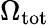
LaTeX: \Omega_{\mathrm{{tot}}}